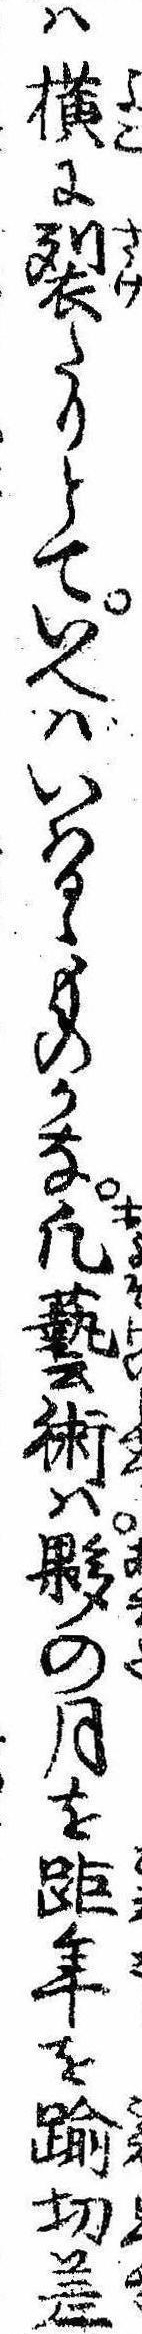
は横に裂たりとていへばいはるゝものかな凡芸術は夥の月を距年を踰切差